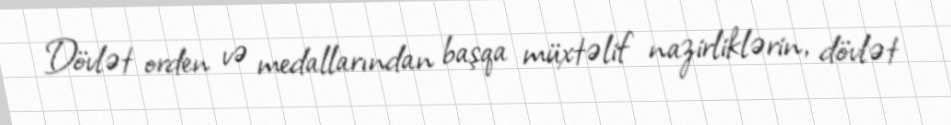
Dövlət orden və medallarından başqa müxtəlif nazirliklərin, dövlət